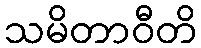
သမိတာဝီတိ